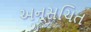
અનૂસચિત